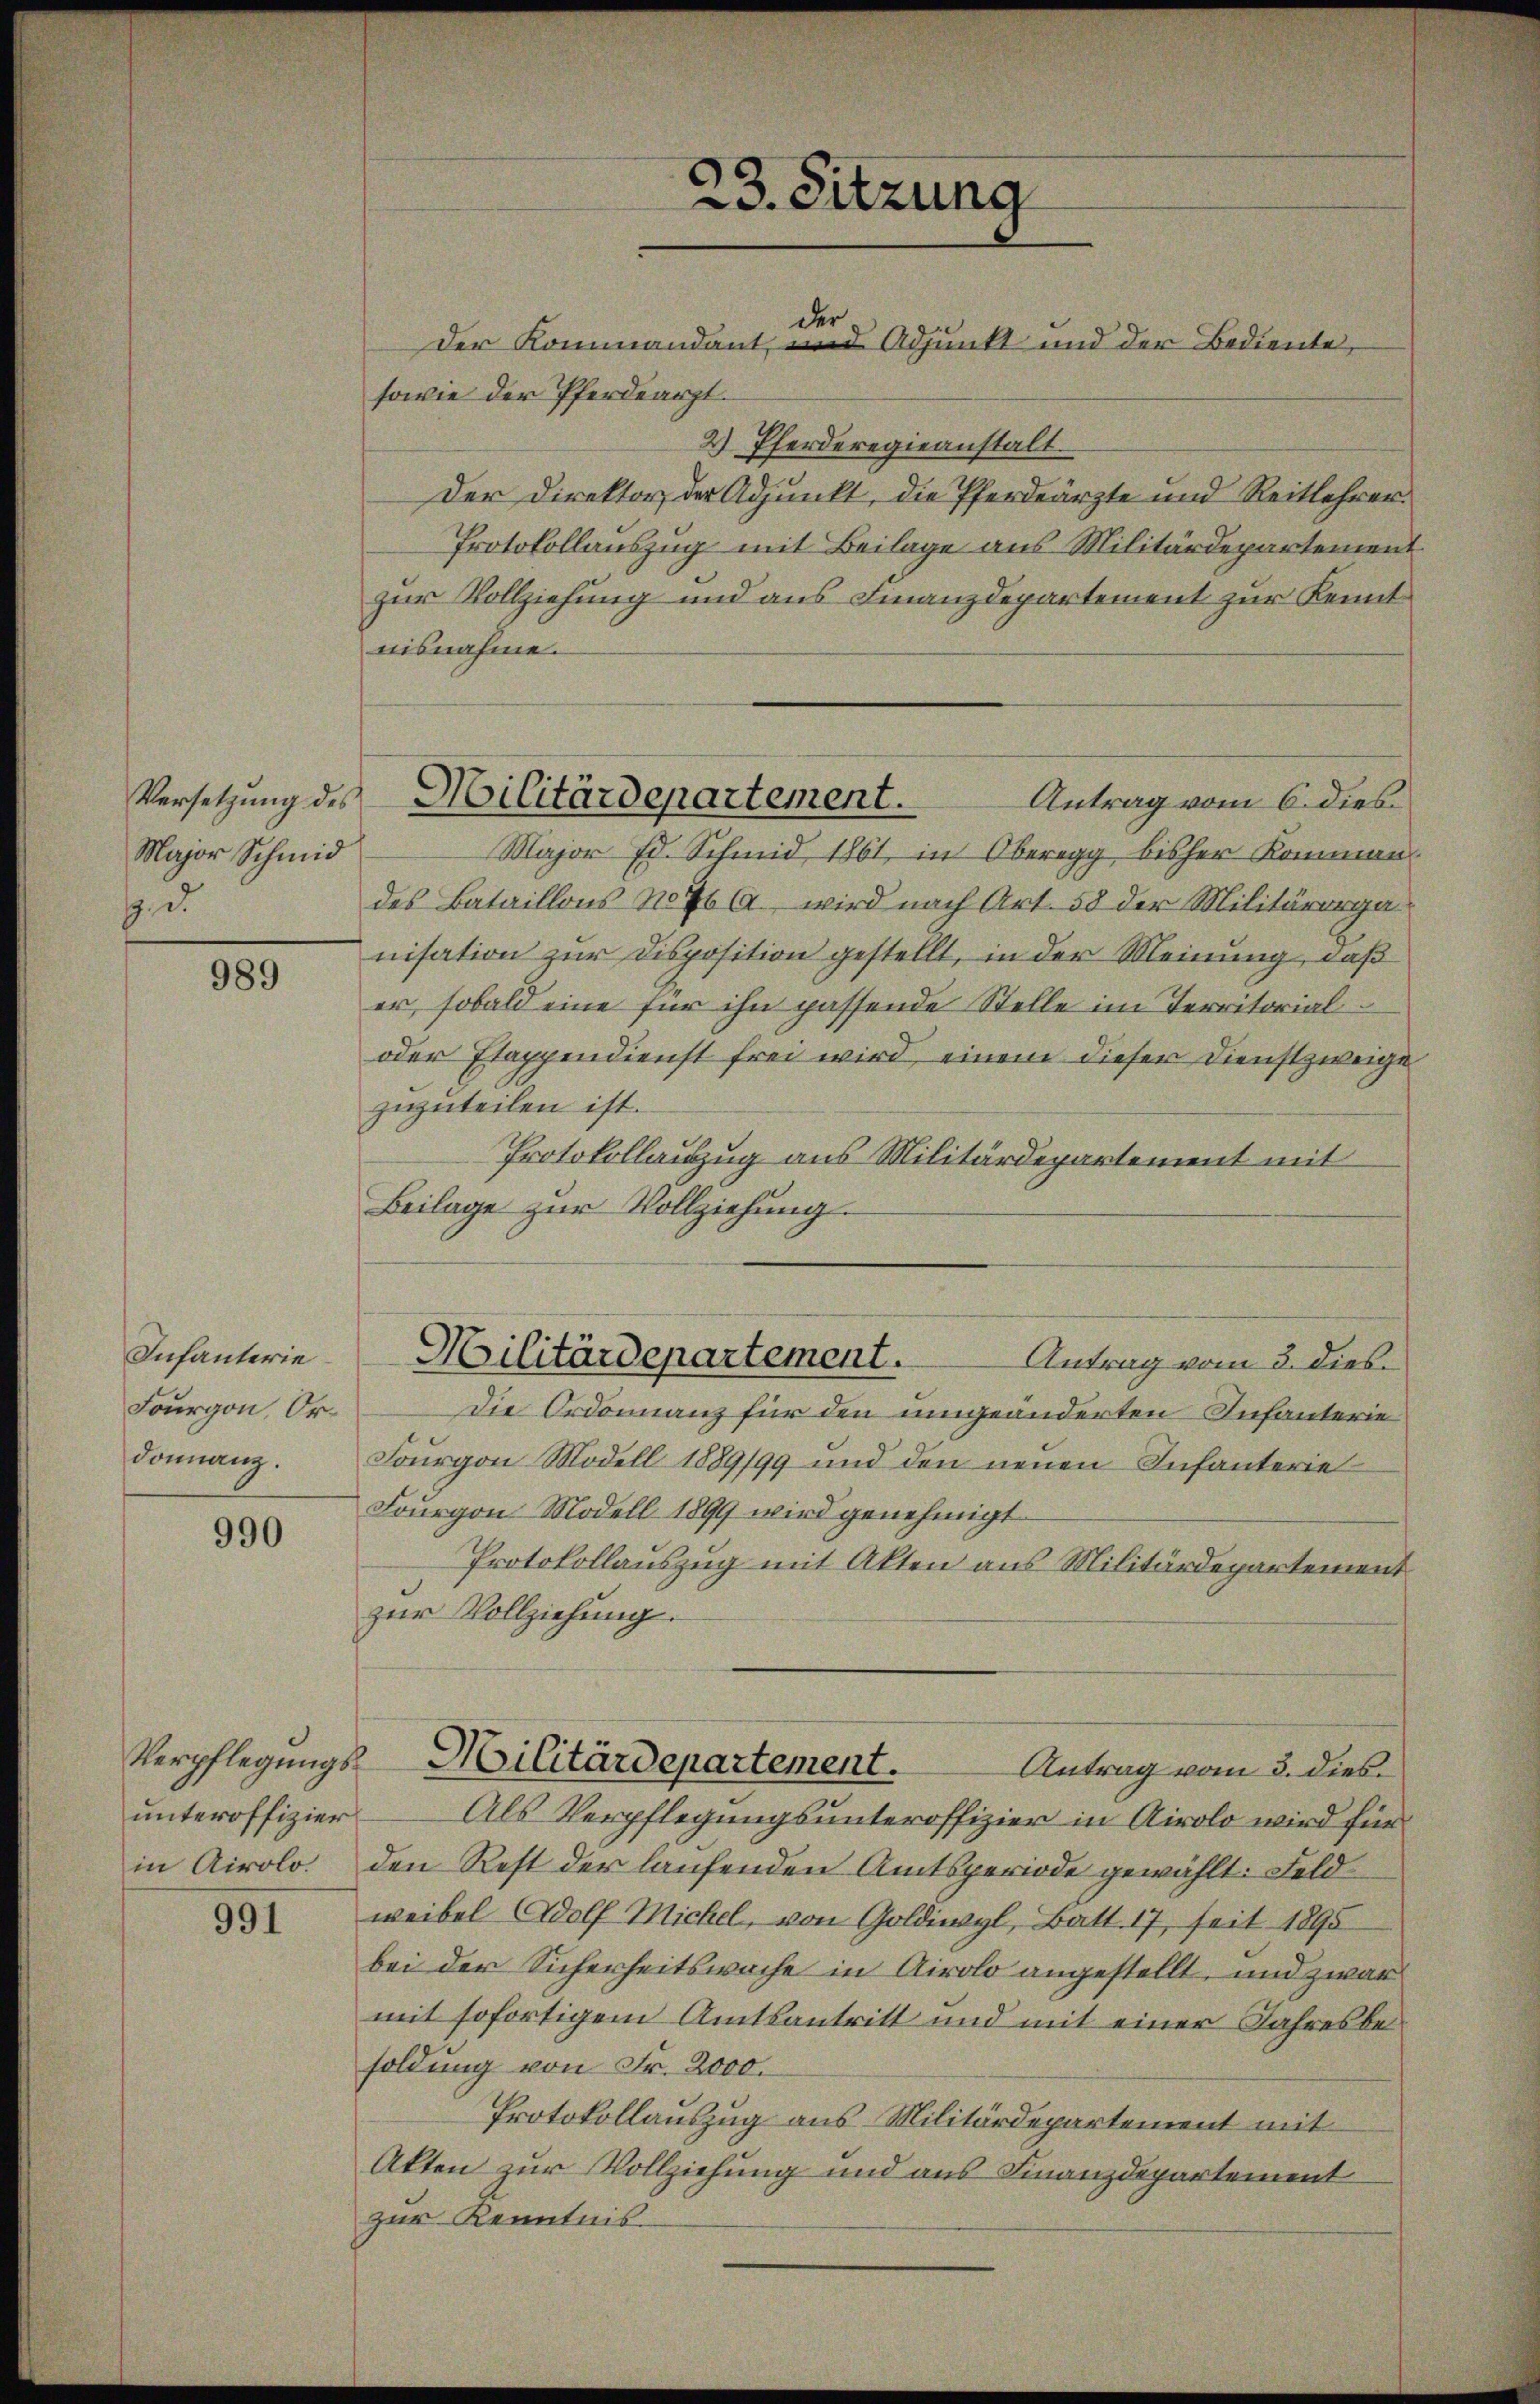
Versetzung des
Major Schmid
Ged

989

Infanterie
Fourgon, Ordonanz.

990

unteroffizier
in Airolo.

991

sowie der Pferdearzt.
2 Pferderegieanstalt.
Der Direktor der Adjunkt, die Pferdeärzte und Reitlehrer¬
Protokollauszug mit Beilage aus Militärdepartement
zur Vollziehung und aus Finanzdepartement zur Kennt
nisnahme.
Major Ed. Schmid 1861, in Oberegg bisher Kommen
des Bataillons No 76 A. wird nach Art. 58 der Militärorga-
nisation zur Disposition gestellt, in der Meinung, daß
er, sobald eine für ihn passende Stelle im Territorial¬
oder Etappendienst frei wird, einem dieser Dienstzweige
zuzuteilen ist.
Protokollauszug aus Militärdepartement mit
Beilage zur Vollziehung.
Militärdepartement.
Antrag vom 3. dies
Die Ordonnanz für den umgeänderten Infanterie
Fourgon Modell 1889/99 und den neuen Infanterie
Fourgon Modell 1899 wird genehmigt
Protokollauszug mit Akten aus Militärdepartement
zur Vollziehung.
Verpflegungs-Militärdepartement.
Antrag vom 3. dies
Als Verpflegungsunteroffizier in Airolo wird für
den Rest der laufenden Amtsperiode gewählt: Feldweibel Adolf Michel, von Goldiwyl, Batt. 17, seit 1895
bei der Sicherheitswache in Airolo angestellt und zwar
mit sofortigem Amtsantritt und mit einer Jahresbesoldung von Fr. 2000.
Protokollauszug aus Militärdepartement mit
Akten zur Vollziehung und aus Finanzdepartement
zur Kenntnis-

23. Sitzung

der
Der Kommandant, und Adjunkt und der Bediente,

Militärdepartement.
Antrag vom 6. dies